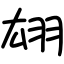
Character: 翃